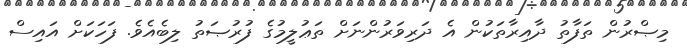
މިޞްރުން ތަފާތު ދާއިރާތަކުން އެ ދަރިވަރުންނަށް ތަޢުލީމުގެ ފުރުޞަތު ލިބެއެވެ. ފަހަކަށް އައިސް